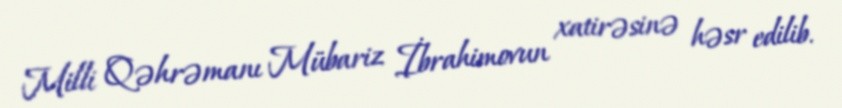
Milli Qəhrəmanı Mübariz İbrahimovun xatirəsinə həsr edilib.